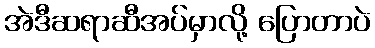
အဲဒီဆရာဆီအပ်မှာလို့ ပြောတာပဲ